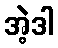
အဲ့ဒါ